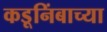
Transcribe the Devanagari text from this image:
कडूनिंबाच्या